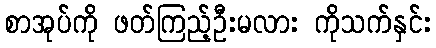
စာအုပ်ကို ဖတ်ကြည့်ဦးမလား ကိုသက်နှင်း